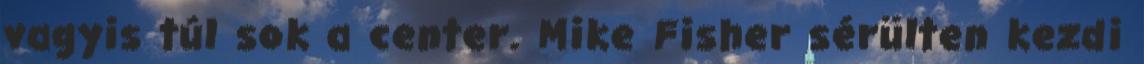
vagyis túl sok a center. Mike Fisher sérülten kezdi